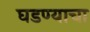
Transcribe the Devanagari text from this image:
घडण्याचा